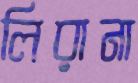
লিরানা